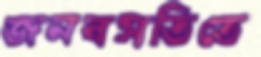
জনবসতিতে